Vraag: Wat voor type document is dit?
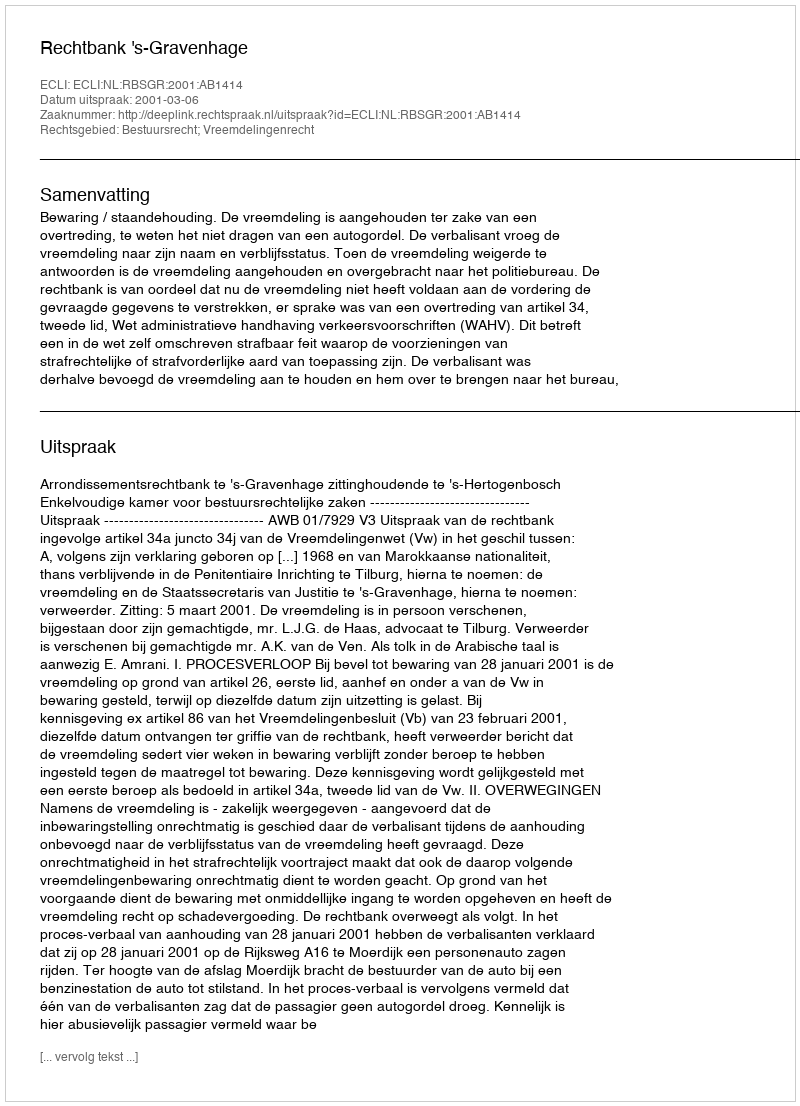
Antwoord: Uitspraak